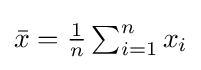
{\textstyle {\bar {x}}={\frac {1}{n}}\sum _{i=1}^{n}x_{i}}